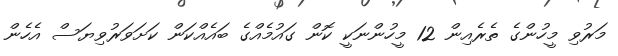
މަރުވި މީހުންގެ ތެރެއިން 12 މީހުންނަކީ ކޮން ގައުމެއްގެ ބައެއްކަން ކަށަވަރުވިޔަސް އެހެން